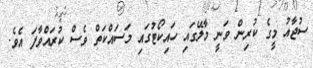
ސުޖާއު މީގެ ކުރިން ވަނީ މާލޭގައި ހައިކޯޓުގައި މަސައްކަތް ވެސް ކުރައްވާފަ އެވެ.